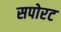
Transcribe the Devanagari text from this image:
सपोरट